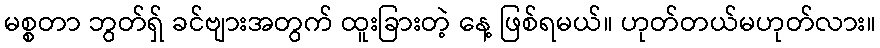
မစ္စတာ ဘွတ်ရှ် ခင်ဗျားအတွက် ထူးခြားတဲ့ နေ့ ဖြစ်ရမယ်။ ဟုတ်တယ်မဟုတ်လား။